Eesti_Peakonsulaat_New_Yorgis, lk 122
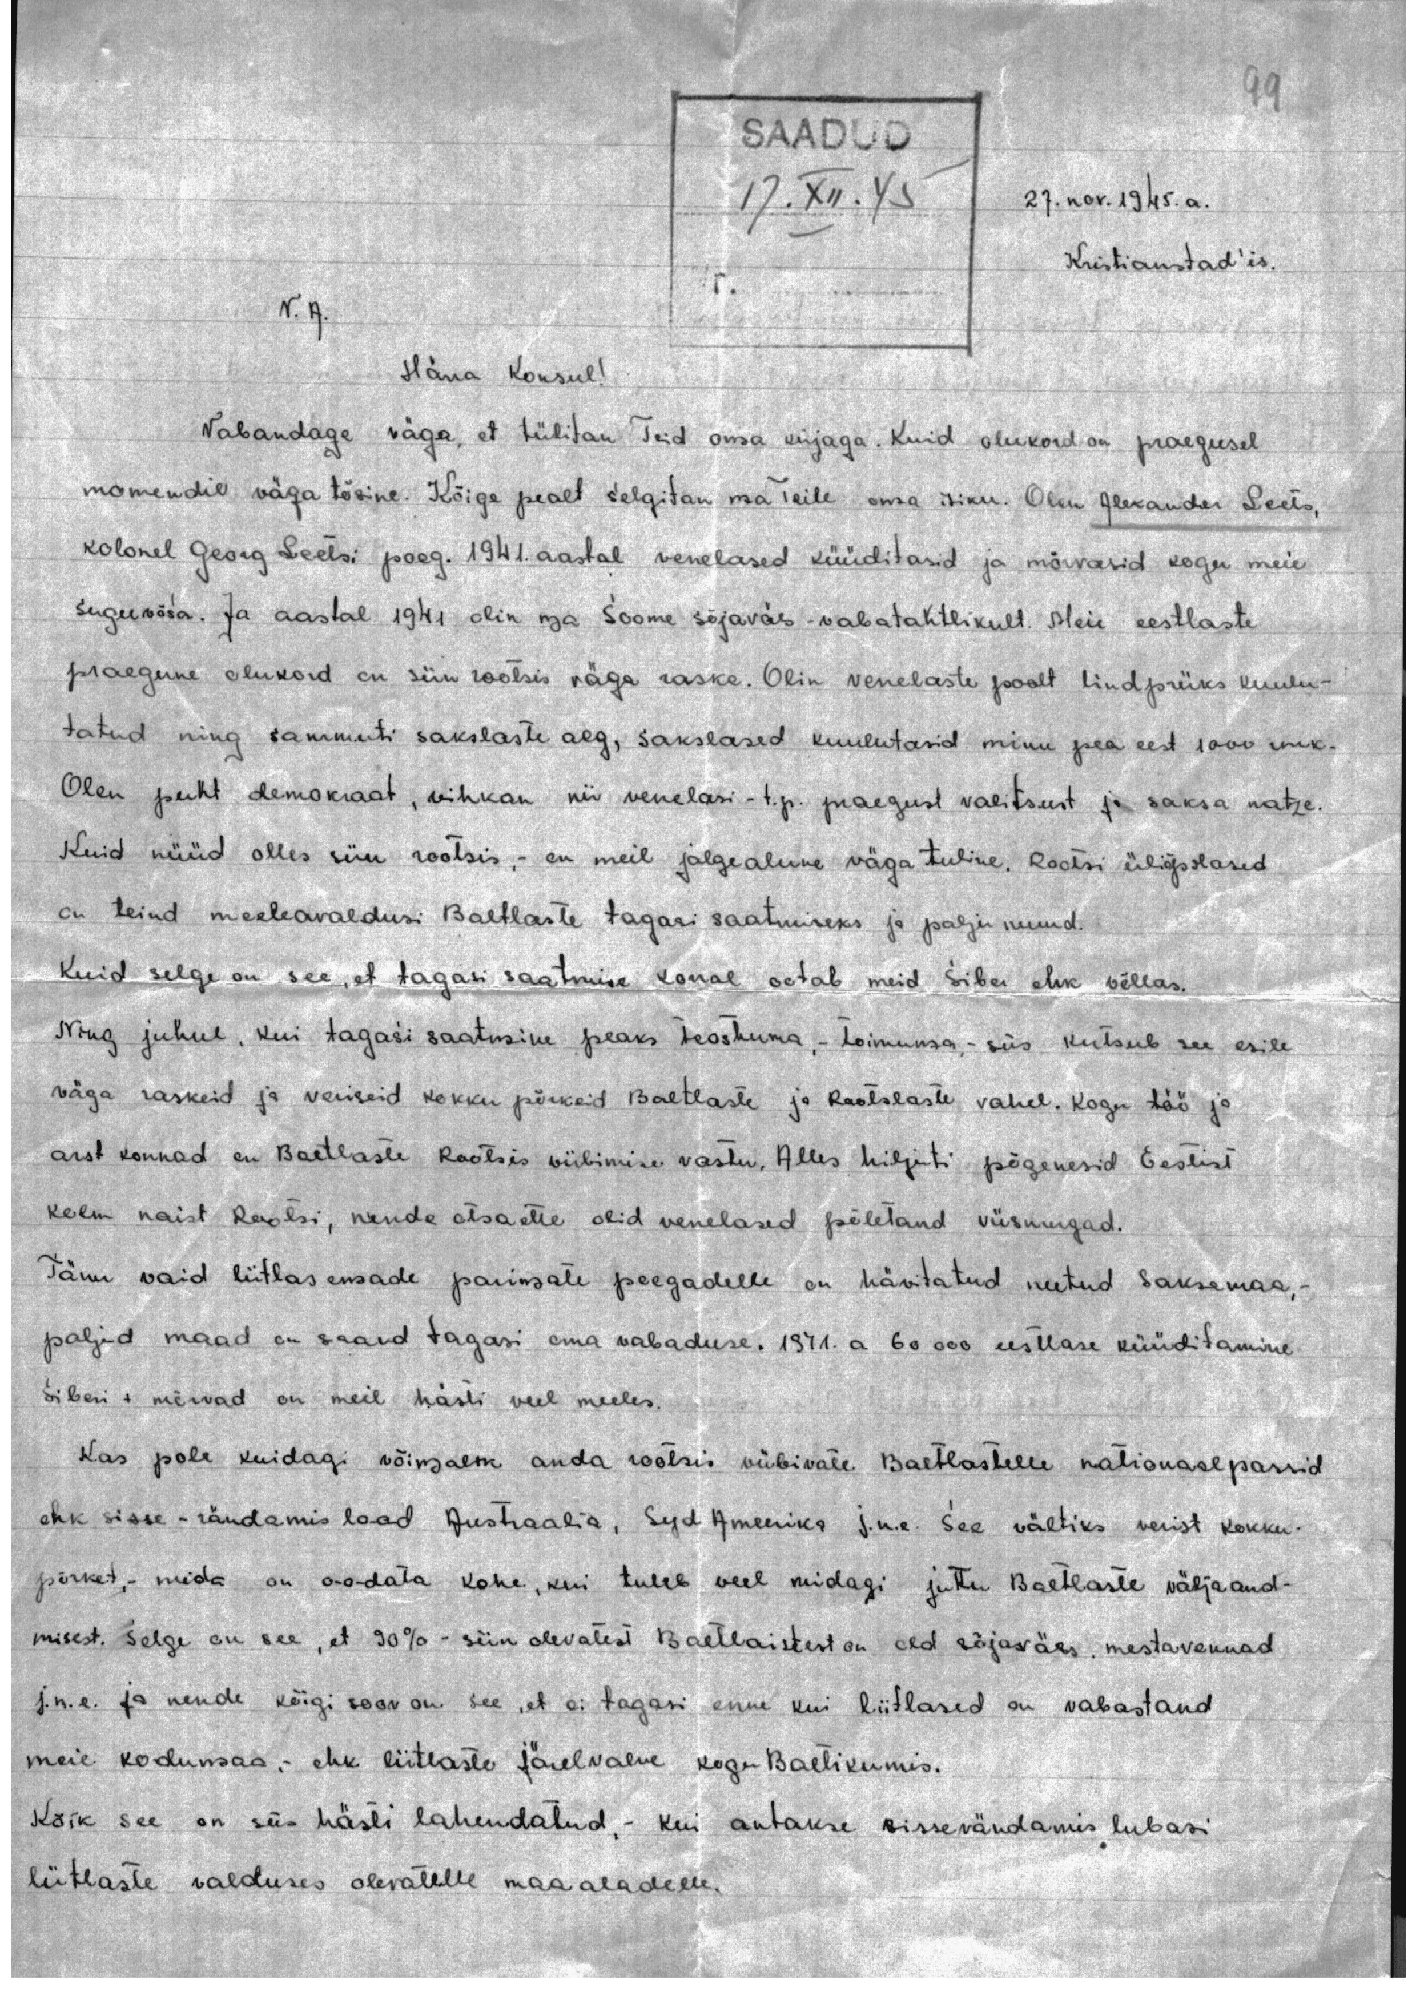
99

SAADUD
17.XII.45
27. nov. 1945. a.
Kristianstad'is.

V. A.
Härra Konsul!
Vabandage väga, et tülitan Teid oma kirjaga. Kuid olukord on praegusel
momendil väga tõsine. Kõige pealt selgitan ma Teile oma isiku. Olen Alexander Leets,
kolonel Georg Leetsi poeg. 1941. aastal venelased küüditasid ja mõrvasid kogu meie
suguvõsa. Ja aastal 1941 olin ma Soome sõjaväes - vabatahtlikult. Meie eestlaste
praegune olukord on siin rootsis väga raske. Olin venelaste poolt lindpriiks kuulu-
tatud ning sammuti sakslaste aeg, sakslased kuulutasid minu pea eest 1000 rmk.
Olen puht demokraat, vihkan nii venelasi - t.p. praegust valitsust ja saksa natze.
Kuid nüüd olles siin rootsis, - on meil jalgealune väga tuline. Rootsi üliõpilased
on teind meeleavaldusi Baltlaste tagasi saatmiseks ja palju muud.
Kuid selge on see, et tagasi saatmise korral ootab meid Siber ehk võllas.
Ning juhul, kui tagasi saatmine peaks teostuma, - toimuma, - siis kutsub see esile
väga raskeid ja veriseid kokku põrkeid Baltlaste ja Rootslaste vahel. Kogu töö ja
arst konnad on Baltlaste Rootsis viibimise vastu. Alles hiljuti põgenesid Eestist
kolm naist Raotsi, nende otsa ette olid venelased põletand viisnurgad.
Tänu vaid liitlas emade parimate poegadelle on hävitatud neetud Saksamaa,-
paljud maad on saand tagasi oma vabaduse. 1941. a 60 000 eestlase küüditamine
Siberi + mõrvad on meil hästi veel meeles.
Kas pole kuidagi võimalik anda rootsis viibivate Baltlastelle nationaalpassid
ehk sisse - rändamis load Austraalia, Syd Ameerika j.n.e. See vältiks verist kokku-
põrket, mida on oodata kohe, kui tuleb veel midagi juttu Baltlaste väljaand-
misest. Selge on see, et 90% - siin olevatest Baltlaistest on old sõjaväes, mestavennad
j.n.e. ja nende kõigi soov on see, et ei tagasi enne kui liitlased on vabastand
meie kodumaa.- ehk liitlaste järelvalve kogu Baltikumis.
Kõik see on siis hästi lahendatud,- kui antakse sisserändamis lubasi
liitlaste valduses olevatelle maa aladelle.